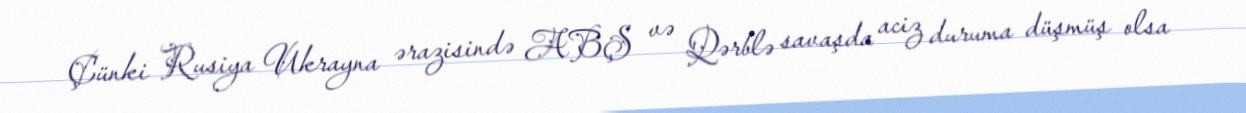
Çünki Rusiya Ukrayna ərazisində ABŞ və Qərblə savaşda aciz duruma düşmüş olsa